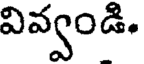
వివ్వండి.